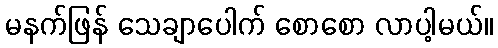
မနက်ဖြန် သေချာပေါက် စောစော လာပါ့မယ်။